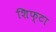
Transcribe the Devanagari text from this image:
शिफ्टा